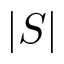
| S |